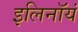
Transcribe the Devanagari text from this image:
इलिनॉयं